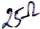
Text: 25Ω